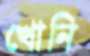
খোনি